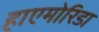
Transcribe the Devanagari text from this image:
हाएमोरिडा